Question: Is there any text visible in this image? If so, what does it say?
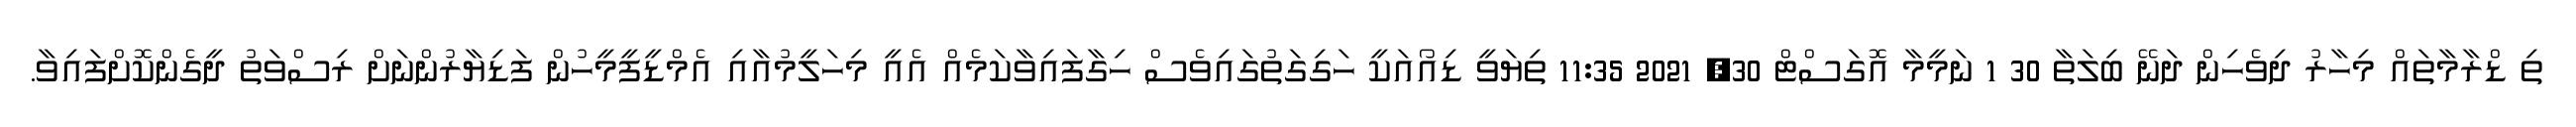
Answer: ތި ޑްރާމާތައް މިހާރު ދިވެހިން ދަނޭ ބިލަތާ 30 1 ނަމީމާ އޮގަސްޓް 30, 2021 11:35 ތިޔަވީ ޑިއޯއަކީ ހަގިގަތުގައިވެސް ހިގާފައިވާކަމެއް އެއީ މިހަލީމުއާއި އެމްޑީފީމީހުން ފަޑިޔާރުންނަށް ރިސްވަތު ދީގެންކޮށްފައިވާ.